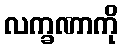
လက္ခဏာကို